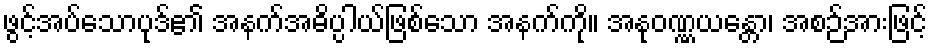
ဖွင့်အပ်သောပုဒ်၏ အနက်အဓိပ္ပါယ်ဖြစ်သော အနက်ကို။ အနုဝဏ္ဏယန္တော၊ အစဉ်အားဖြင့်